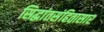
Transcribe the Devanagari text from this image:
सिद्धांतसंहितासार